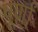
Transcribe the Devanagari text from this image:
पूर्णां